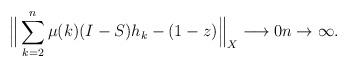
LaTeX: \begin{align*} \Big\| \sum\limits_{k=2}^{n} \mu(k)(I-S)h_k - (1-z) \Big\|_{X} \longrightarrow 0 n \to \infty. \end{align*}